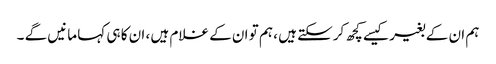
ہم ان کے بغیر کیسے کچھ کرسکتے ہیں ، ہم تو ان کے غلام ہیں ، ان کا ہی کہا مانیں گے ۔